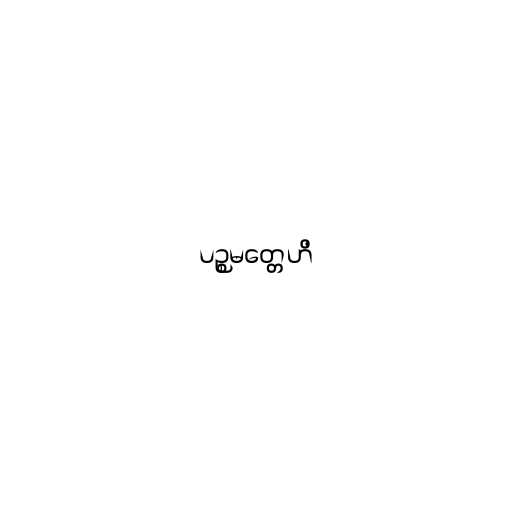
ပဉ္စမတ္တေဟိ